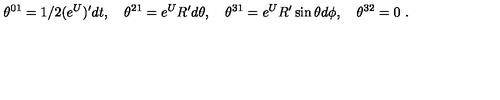
\theta ^ { 0 1 } = 1 / 2 ( e ^ { U } ) ^ { \prime } d t , \quad \theta ^ { 2 1 } = e ^ { U } R ^ { \prime } d \theta , \quad \theta ^ { 3 1 } = e ^ { U } R ^ { \prime } \sin \theta d \phi , \quad \theta ^ { 3 2 } = 0 \ .